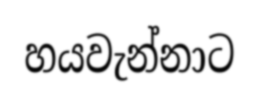
හයවැන්නාට